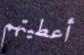
أعطيتهم